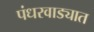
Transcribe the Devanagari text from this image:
पंधरवाड्यात